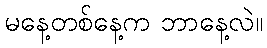
မနေ့တစ်နေ့က ဘာနေ့လဲ။